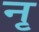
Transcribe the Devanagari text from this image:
नृ